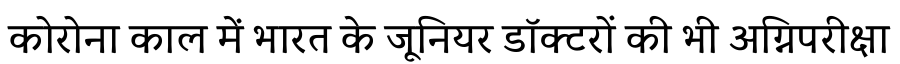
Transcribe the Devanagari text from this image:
कोरोना काल में भारत के जूनियर डॉक्टरों की भी अग्निपरीक्षा